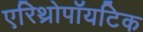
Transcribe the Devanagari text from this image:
एरिथ्रोपॉयटिक